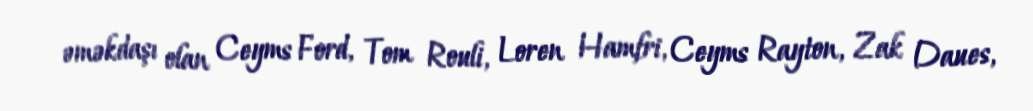
əməkdaşı olan Ceyms Ford, Tom Rouli, Loren Hamfri, Ceyms Rayton, Zak Daues,